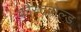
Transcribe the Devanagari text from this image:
कौस्टवोल्ड